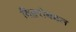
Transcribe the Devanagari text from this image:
विद्वत्तेबद्दल